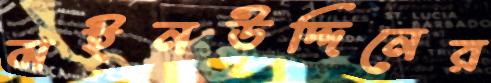
মইনউদ্দিনের